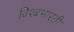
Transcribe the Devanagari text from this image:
विश्बभारती